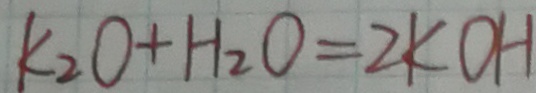
k _ { 2 } O + H _ { 2 } O = 2 k O H